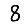
Digit: 8